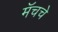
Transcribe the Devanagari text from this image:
मॅचचे